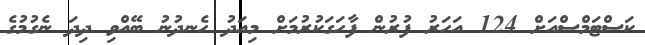
ކަސްޓަމްސްއަށް 124 އަހަރު ފުރުން ފާހަގަކުރުމަށް މިއަދު ހެނދުނު ބޭއްވި ދިދަ ނެގުމުގެ